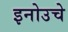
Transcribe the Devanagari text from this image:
इनोउचे